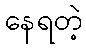
နေရတဲ့